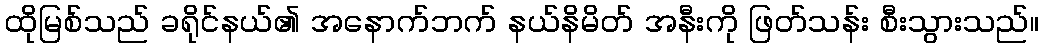
ထိုမြစ်သည် ခရိုင်နယ်၏ အနောက်ဘက် နယ်နိမိတ် အနီးကို ဖြတ်သန်း စီးသွားသည်။